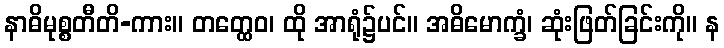
နာဓိမုစ္စတီတိ-ကား။ တတ္ထေဝ၊ ထို အာရုံ၌ပင်။ အဓိမောက္ခံ၊ ဆုံးဖြတ်ခြင်းကို။ န